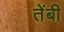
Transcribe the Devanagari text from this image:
तेंबी